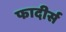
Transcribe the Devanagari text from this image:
फादीर्स